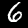
Label: 6